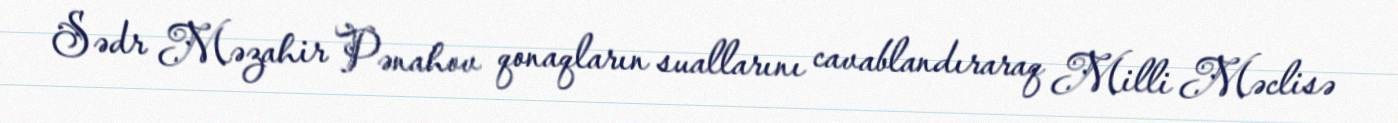
Sədr Məzahir Pənahov qonaqların suallarını cavablandıraraq Milli Məclisə